Problem: 8 × 3 = ?
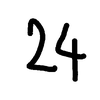
Handwritten answer: 24